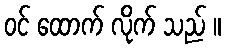
ဝင် ထောက် လိုက် သည် ။